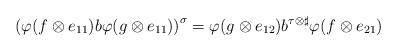
LaTeX: \begin{align*}\left(\varphi(f\otimes e_{11})b\varphi(g\otimes e_{11})\right)^{\sigma}=\varphi(g\otimes e_{12})b^{\tau\otimes\sharp}\varphi(f\otimes e_{21})\end{align*}